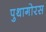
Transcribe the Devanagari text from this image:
पुथागोरस